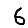
Digit: 6